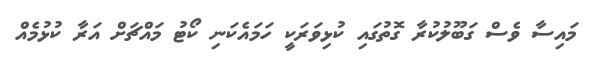
މައިސާ ވެސް ގަބޫލުކުރާ ގޮތުގައި ކުޅިވަރަކީ ހަމައެކަނި ކޯޓު މައްޗަށް އަރާ ކުޅުމެއް